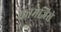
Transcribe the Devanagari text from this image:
कामजिसे